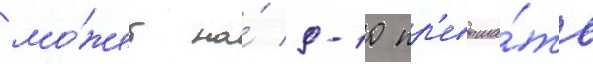
мо́жет на́ 9-10 пр'евыша́ть